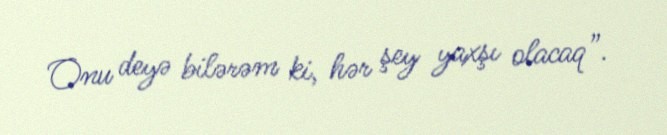
Onu deyə bilərəm ki, hər şey yaxşı olacaq”.